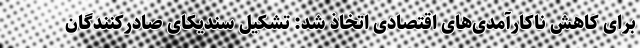
برای کاهش ناکارآمدی‌های اقتصادی اتخاذ شد: تشکیل سندیکای صادرکنندگان